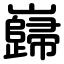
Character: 巋